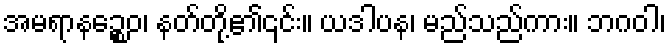
အမရာနဉ္စေဝ၊ နတ်တို့၏၎င်း။ ယဒါပန၊ မည်သည်ကား။ ဘဂဝါ၊